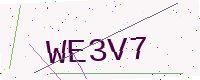
Text: WE3V7